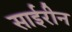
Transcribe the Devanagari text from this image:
साईरीन